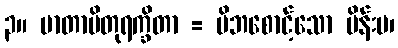
၃။ မာတာပိတုရက္ခိတာ = မိဘစောင့်သော မိန်းမ၊